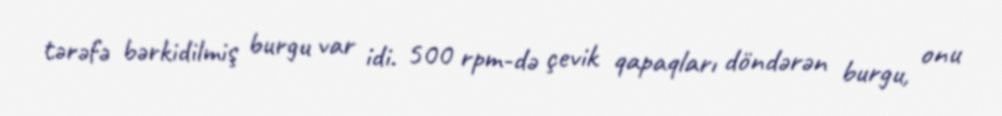
tərəfə bərkidilmiş burgu var idi. 500 rpm-də çevik qapaqları döndərən burgu, onu